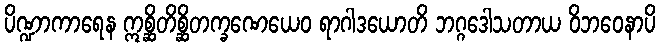
ပိဏ္ဍာကာရေန ဣစ္ဆိတိစ္ဆိတက္ခဏေယေဝ ရာဂါဒယောတိ ဘဂ္ဂဒေါသတာယ ဝိဘဝေနာပိ